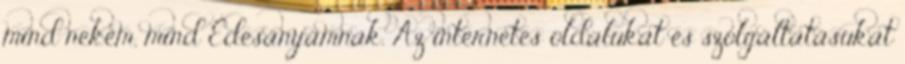
mind nekem, mind Édesanyámnak. Az internetes oldalukat és szolgáltatásukat